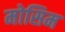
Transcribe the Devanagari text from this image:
मोसिम